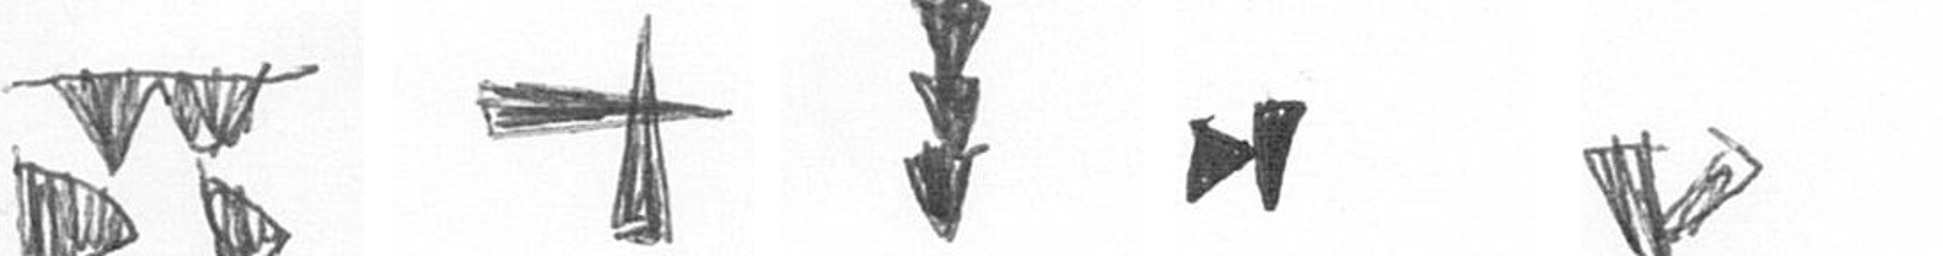
B G E M F